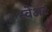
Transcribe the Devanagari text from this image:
स्वेअट